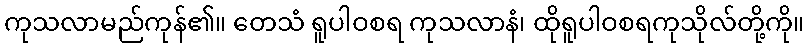
ကုသလာမည်ကုန်၏။ တေသံ ရူပါဝစရ ကုသလာနံ၊ ထိုရူပါဝစရကုသိုလ်တို့ကို။